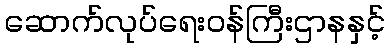
ဆောက်လုပ်ရေးဝန်ကြီးဌာနနှင့်